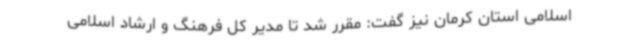
اسلامی استان کرمان نیز گفت: مقرر شد تا مدیر کل فرهنگ و ارشاد اسلامی